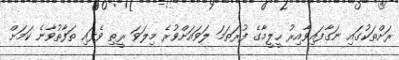
ރަށްތަކުގައި ނަގާފައިވާއިރު ހީލީމާގެ ފުރަތަމަ ލަވައަށްވުރެ މިލަވަ ރީތި ވެފައި ތަފާތުވާނެ ކަމަށް